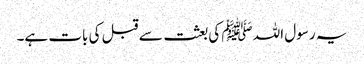
یہ رسول اللہ ﷺ کی بعثت سے قبل کی بات ہے۔